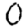
Digit: 0